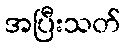
အပြီးသတ်